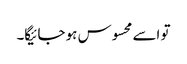
تو اسے محسوس ہو جائیگا۔